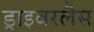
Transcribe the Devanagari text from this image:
ड्राइवरलैस